Annual report on the working of the Harcourt Butler Institute of Public Health, Rangoon
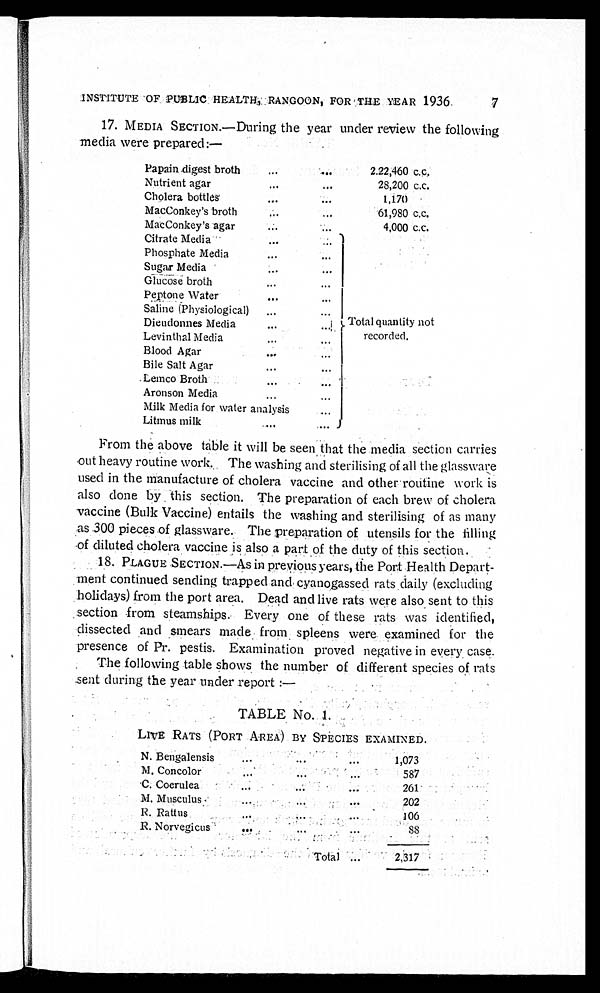
INSTITUTE OF PUBLIC HEALTH., RANGOON, FOR THE YEAR 1936.
7
17. MEDIA SECTION.—During the year under review the following
media were prepared:—
Papain digest broth...
Nutrient agar
...
Cholera bottles
...
MacConkey's broth
...
MacConkey's agar
Citrate Media -
....
.
2.22,460 c.C.
...
28,200 c.c.
1,170 .
...
61,980 c.c.
...
4,000 c.c.
. . .
Phosphate Media
...
...
Sugar Media
...
Glucose broth
...
Peptone Water
...
...
Saline (Physiological)
...
Dieudonnes Media
Levinthal Media
...
...
Total quantity not
recorded.
Blood Agar
...
. . .
Bile Salt Agar
...
. Lemco Broth ..
...
... ,
...
Aronson Media
Milk Media for water analysis
...
Litmus milk
,...
From the above table it will be seen that the media section carries
.out heavy routine work.. The washing and sterilising of all the glassware
used in the manufacture of cholera vaccine and other . rouitine work is
also clone by . this section. The preparation of each brew of cholera
vaccine (Bulk Vaccine) entails the washing and sterilising of as many
as .300 pieces .of glassware. The preparation of utensils for the tilling
-of diluted cholera vaccine is also a part of the duty of this section.
1. 8. PLAGUE SECTION.—As in previous years, the Port Health Depart-
ment continued sending trapped and cyanogassed rats daily (excluding
holidays) from the port area. Dead and live rats were also sent to this
section from steamships. Every one of these rats was identified,
dissected and smears made from spleens were examined for the
presence of Pr. pestis. Examination proved negative in every case.
The following table shows the number of different species of rats
sent during the year under report :—
TABLE No.. 1.
LIVE RATS (PORT AREA) BY SPECIES EXAMINED.
N. Bengalensis
...
...
M, Concolor
...
C. Coerulea
...
-
M. Musculus
...
R. Rattus
...
R. Norvegicus
'Total ...
1,073
587
261
202
106
.
SS
2,317